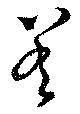
差